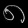
Digit: ၈